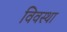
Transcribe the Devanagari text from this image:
विवस्था